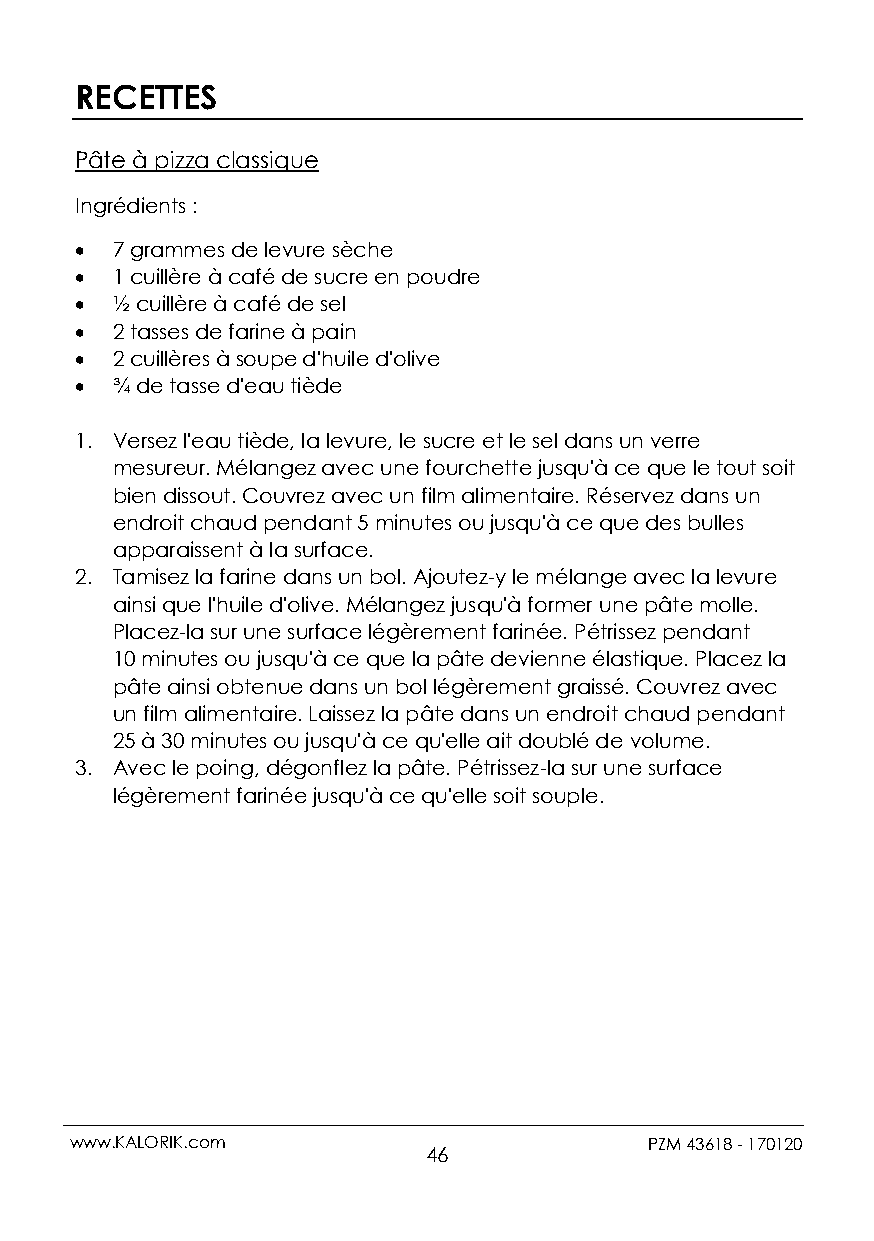
RECETTES
 Pâte à pizza classique
 Ingrédients :
  7 grammes de levure sèche
  1 cuillère à café de sucre en poudre
  ½ cuillère à café de sel
  2 tasses de farine à pain
  2 cuillères à soupe d'huile d'olive
  ¾ de tasse d'eau tiède
 1. Versez l'eau tiède, la levure, le sucre et le sel dans un verre
 mesureur. Mélangez avec une fourchette jusqu'à ce que le tout soit
 bien dissout. Couvrez avec un film alimentaire. Réservez dans un
 endroit chaud pendant 5 minutes ou jusqu'à ce que des bulles
 apparaissent à la surface.
 2. Tamisez la farine dans un bol. Ajoutez-y le mélange avec la levure
 ainsi que l'huile d'olive. Mélangez jusqu'à former une pâte molle.
 Placez-la sur une surface légèrement farinée. Pétrissez pendant
 10 minutes ou jusqu'à ce que la pâte devienne élastique. Placez la
 pâte ainsi obtenue dans un bol légèrement graissé. Couvrez avec
 un film alimentaire. Laissez la pâte dans un endroit chaud pendant
 25 à 30 minutes ou jusqu'à ce qu'elle ait doublé de volume.
 3. Avec le poing, dégonflez la pâte. Pétrissez-la sur une surface
 légèrement farinée jusqu'à ce qu'elle soit souple.
 www.KALORIK.com                       PZM 43618 - 170120
 46